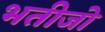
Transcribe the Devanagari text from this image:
भतीजो